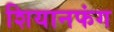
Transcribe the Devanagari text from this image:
शियानफंग